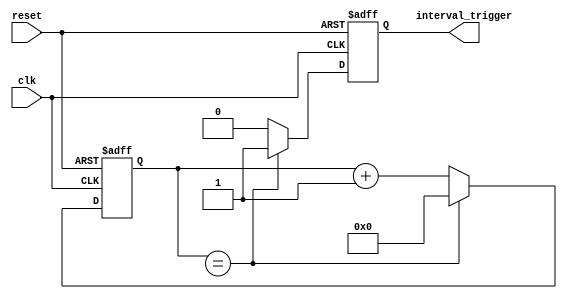
module IntervalTimer (
    input wire clk, // system clock input
    input wire reset, // system reset input
    output reg interval_trigger // trigger signal at end of time interval
);

reg [31:0] counter;

always @(posedge clk or posedge reset) begin
    if (reset) begin
        counter <= 0;
        interval_trigger <= 0;
    end else begin
        counter <= counter + 1;
        if (counter == TIME_INTERVAL) begin
            interval_trigger <= 1;
            counter <= 0;
        end else begin
            interval_trigger <= 0;
        end
    end
end
endmodule